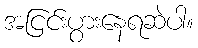
အငြင်းပွားနေရဆဲပါ။